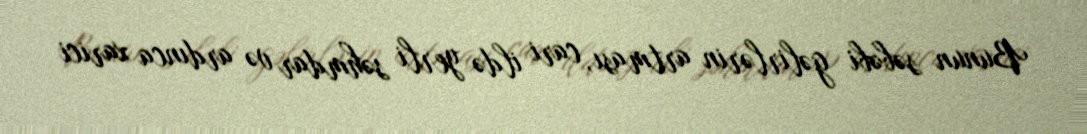
Bunun səbəbi gəlirlərin artması, cari ildə yerli səhmdar və ardınca xarici